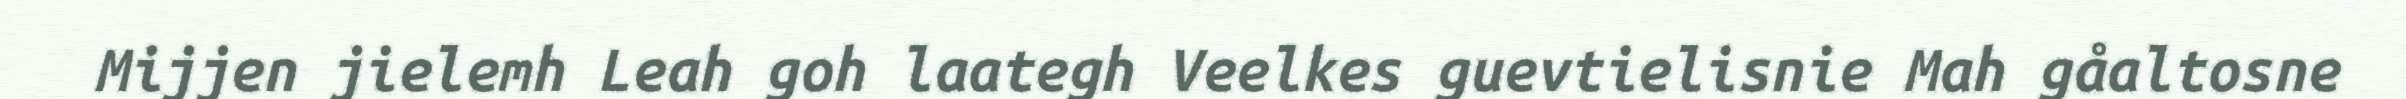
Mijjen jielemh Leah goh laategh Veelkes guevtielisnie Mah gåaltosne